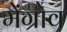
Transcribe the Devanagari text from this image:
मेंग्रोव